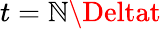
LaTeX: t=\mathbb{N}\Deltat